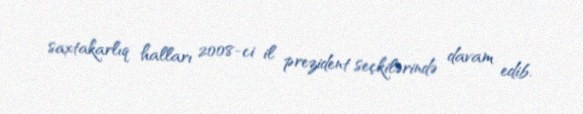
saxtakarlıq halları 2008-ci il prezident seçkilərində davam edib.